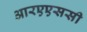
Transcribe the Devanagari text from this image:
आरएएससी